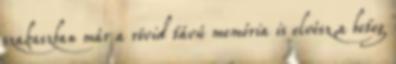
szakaszban már a rövid távú memória is elvész,a beteg